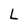
Character: L